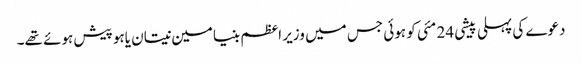
دعوے کی پہلی پیشی 24 مئی کو ہوئی جس میں وزیر اعظم بنیامین نیتان یاہو پیش ہوئے تھے۔